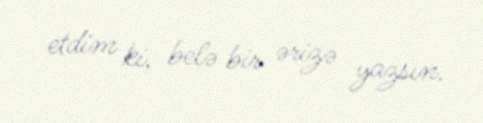
etdim ki, belə bir ərizə yazsın.